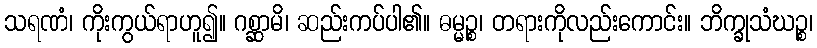
သရဏံ၊ ကိုးကွယ်ရာဟူ၍။ ဂစ္ဆာမိ၊ ဆည်းကပ်ပါ၏။ ဓမ္မဉ္စ၊ တရားကိုလည်းကောင်း။ ဘိက္ခုသံဃဉ္စ၊